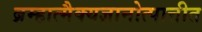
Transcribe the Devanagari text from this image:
ब्रम्हात्मैक्यज्ञानोत्पात्तीत